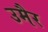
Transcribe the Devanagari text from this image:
उमैर